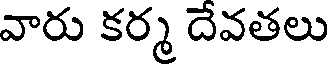
వారు కర్మ దేవతలు